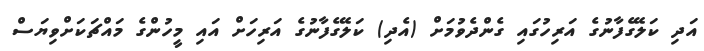
އަދި ކަލޭގެފާނުގެ އަރިހުގައި ގެންދެވުމަށް (އެދި) ކަލޭގެފާނުގެ އަރިހަށް އައި މީހުންގެ މައްޗަކަށްވިޔަސް